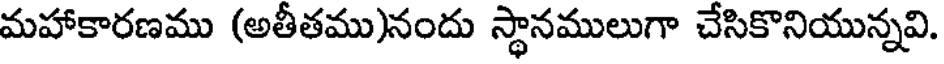
మహాకారణము (అతీతము)నందు స్థానములుగా చేసికొనియున్నవి.